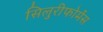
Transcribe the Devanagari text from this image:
सिलुरीफोर्मेस